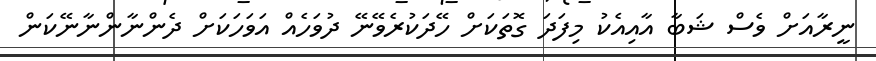
ނީރާއަށް ވެސް ޝަބާ އާއިއެކު މިފަދަ ގޮތަކަށް ހޭދަކުރެވޭނޭ ދުވަހެއް އަވަހަކަށް ދެންނާންނާނޭކަން